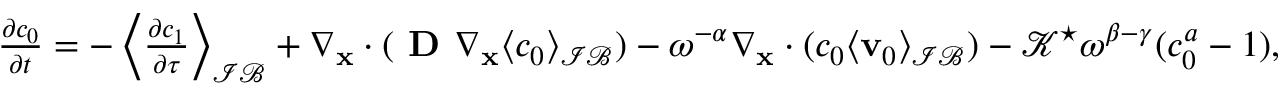
\begin{array} { r } { \frac { \partial c _ { 0 } } { \partial t } = - \left\langle \frac { \partial c _ { 1 } } { \partial \tau } \right\rangle _ { \mathcal { I B } } + \nabla _ { \mathbf x } \cdot ( \textbf { D } \nabla _ { \mathbf x } \langle c _ { 0 } \rangle _ { \mathcal { I B } } ) - \omega ^ { - \alpha } \nabla _ { \mathbf x } \cdot ( c _ { 0 } \langle \mathbf v _ { 0 } \rangle _ { \mathcal { I B } } ) - \mathcal { K } ^ { \star } \omega ^ { \beta - \gamma } ( c _ { 0 } ^ { a } - 1 ) , } \end{array}